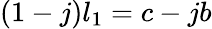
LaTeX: (1-j)l_{1}=c-jb